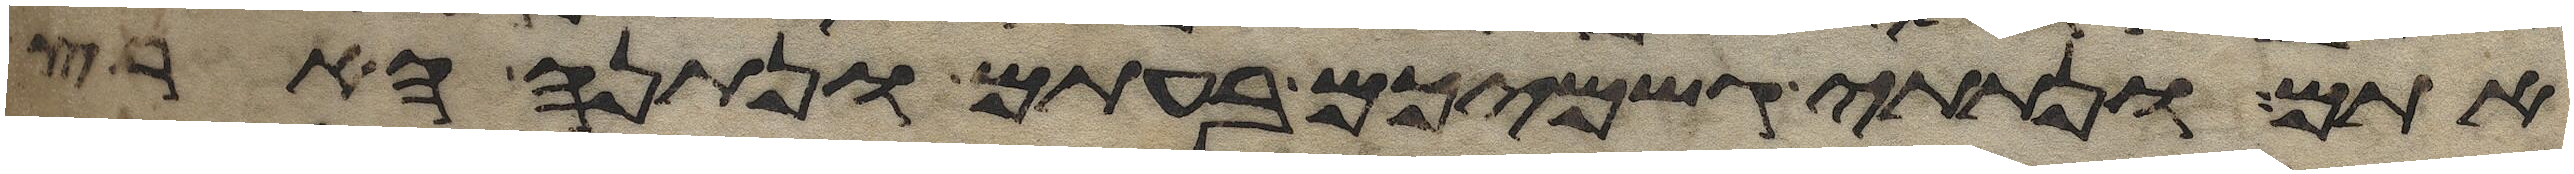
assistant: אתם ונתתי גשמיכם בעתם ונתנה הארץ